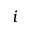
i